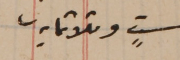
ستٍ وثلاثمايه.